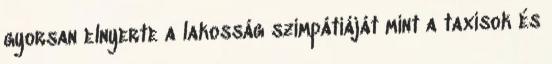
gyorsan elnyerte a lakosság szimpátiáját mint a taxisok és